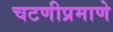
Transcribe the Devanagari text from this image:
चटणीप्रमाणे